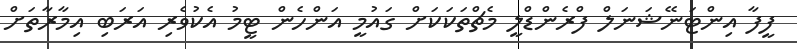
ފީފާ އިންޓަނޭޝަނަލް ފްރެންޑްލީ މެޗްތަކަކަށް ގައުމީ އަންހެން ޓީމު އެކުވެރި އަރަބި އިމާރާތަށް